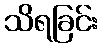
သိရခြင်း